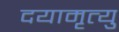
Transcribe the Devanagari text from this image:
दयामृत्यु